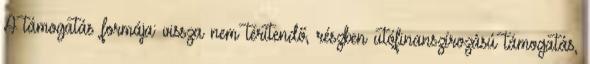
A támogatás formája: vissza nem térítendő, részben utófinanszírozású támogatás,